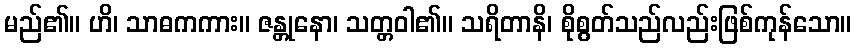
မည်၏။ ဟိ၊ သာဓကကား။ ဇန္တုနော၊ သတ္တဝါ၏။ သရိတာနိ၊ စိုစွတ်သည်လည်းဖြစ်ကုန်သော။